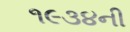
૧૯૩૪ની